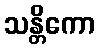
သန္တိကော